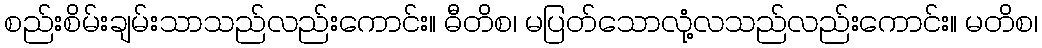
စည်းစိမ်းချမ်းသာသည်လည်းကောင်း။ ဓီတိစ၊ မပြတ်သောလုံ့လသည်လည်းကောင်း။ မတိစ၊